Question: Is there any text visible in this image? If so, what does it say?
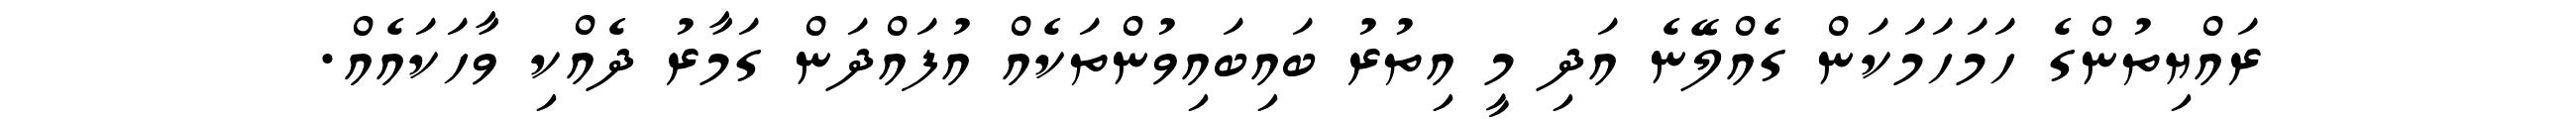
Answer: ރައްޔިތުންގެ ހަމަހަމަކަން ގެއްލޭނެ އަދި މީ އިތުރު ބައިބައިވުންތަކެއް އުފައްދަން ގަމާރު ދެއްކި ވާހަކައެއް.